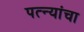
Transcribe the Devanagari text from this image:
पत्‍न्यांचा